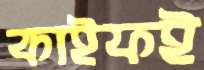
কাইফই